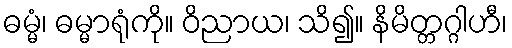
ဓမ္မံ၊ ဓမ္မာရုံကို။ ဝိညာယ၊ သိ၍။ နိမိတ္တဂ္ဂါဟီ၊